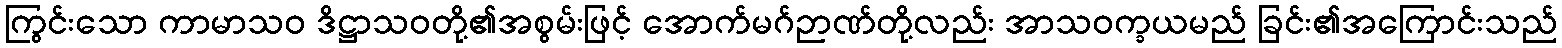
ကြွင်းသော ကာမာသဝ ဒိဋ္ဌာသဝတို့၏အစွမ်းဖြင့် အောက်မဂ်ဉာဏ်တို့လည်း အာသဝက္ခယမည် ခြင်း၏အကြောင်းသည်